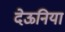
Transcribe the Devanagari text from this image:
देऊनिया